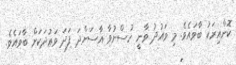
ކޮންއިރަކު ބާވައެވެ. މި ވައުދު ވާނީ ހުސްނުވާ އާސަންދަ ފަދަ ވަޢުދަކަށް ބާވައެވެ.